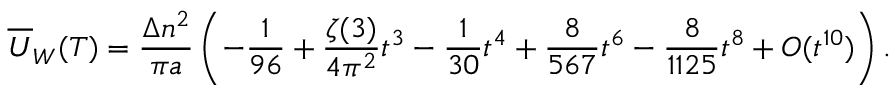
\overline { { { U } } } _ { W } ( T ) = \frac { \Delta n ^ { 2 } } { \pi a } \left( - \frac { 1 } { 9 6 } + \frac { \zeta ( 3 ) } { 4 \pi ^ { 2 } } t ^ { 3 } - \frac { 1 } { 3 0 } t ^ { 4 } + \frac { 8 } { 5 6 7 } t ^ { 6 } - \frac { 8 } { 1 1 2 5 } t ^ { 8 } + { \cal O } ( t ^ { 1 0 } ) \right) { . }